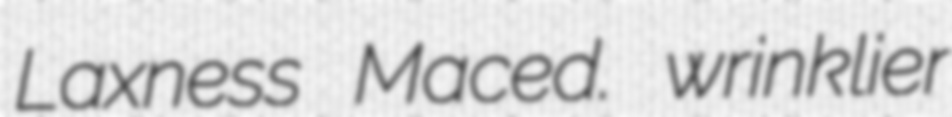
Laxness Maced. wrinklier